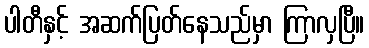
ပါတီနှင့် အဆက်ပြတ်နေသည်မှာ ကြာလှပြီ။